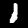
Digit: 1